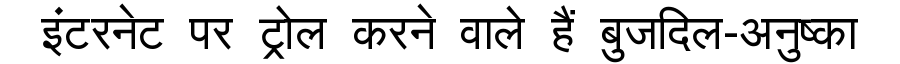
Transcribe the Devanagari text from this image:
इंटरनेट पर ट्रोल करने वाले हैं बुजदिल-अनुष्का